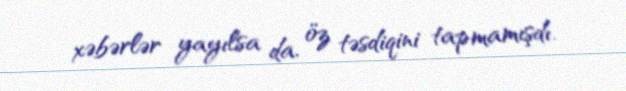
xəbərlər yayılsa da, öz təsdiqini tapmamışdı.